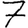
Digit: 7